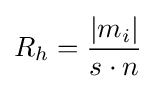
R_{h}={\frac {\left|m_{i}\right|}{s\cdot n}}